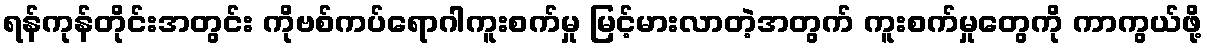
ရန်ကုန်တိုင်းအတွင်း ကိုဗစ်ကပ်ရောဂါကူးစက်မှု မြင့်မားလာတဲ့အတွက် ကူးစက်မှုတွေကို ကာကွယ်ဖို့